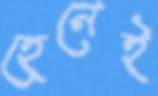
হেনেই